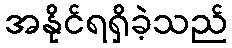
အနိုင်ရရှိခဲ့သည်